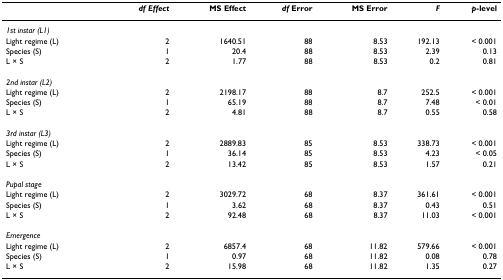
|  | df Effect | MS Effect | df Error | MS Error | F | p-level |
 | --- | --- | --- | --- | --- | --- | --- |
 | 1st instar (L1) |  |  |  |  |  |  |
 | Light regime (L) | 2 | 1640.51 | 88 | 8.53 | 192.13 | < 0.001 |
 | Species (S) | 1 | 20.4 | 88 | 8.53 | 2.39 | 0.13 |
 | L × S | 2 | 1.77 | 88 | 8.53 | 0.2 | 0.81 |
 | 2nd instar (L2) |  |  |  |  |  |  |
 | Light regime (L) | 2 | 2198.17 | 88 | 8.7 | 252.5 | < 0.001 |
 | Species (S) | 1 | 65.19 | 88 | 8.7 | 7.48 | < 0.01 |
 | L × S | 2 | 4.81 | 88 | 8.7 | 0.55 | 0.58 |
 | 3rd instar (L3) |  |  |  |  |  |  |
 | Light regime (L) | 2 | 2889.83 | 85 | 8.53 | 338.73 | < 0.001 |
 | Species (S) | 1 | 36.14 | 85 | 8.53 | 4.23 | < 0.05 |
 | L × S | 2 | 13.42 | 85 | 8.53 | 1.57 | 0.21 |
 | Pupal stage |  |  |  |  |  |  |
 | Light regime (L) | 2 | 3029.72 | 68 | 8.37 | 361.61 | < 0.001 |
 | Species (S) | 1 | 3.62 | 68 | 8.37 | 0.43 | 0.51 |
 | L × S | 2 | 92.48 | 68 | 8.37 | 11.03 | < 0.001 |
 | Emergence |  |  |  |  |  |  |
 | Light regime (L) | 2 | 6857.4 | 68 | 11.82 | 579.66 | < 0.001 |
 | Species (S) | 1 | 0.97 | 68 | 11.82 | 0.08 | 0.78 |
 | L × S | 2 | 15.98 | 68 | 11.82 | 1.35 | 0.27 |